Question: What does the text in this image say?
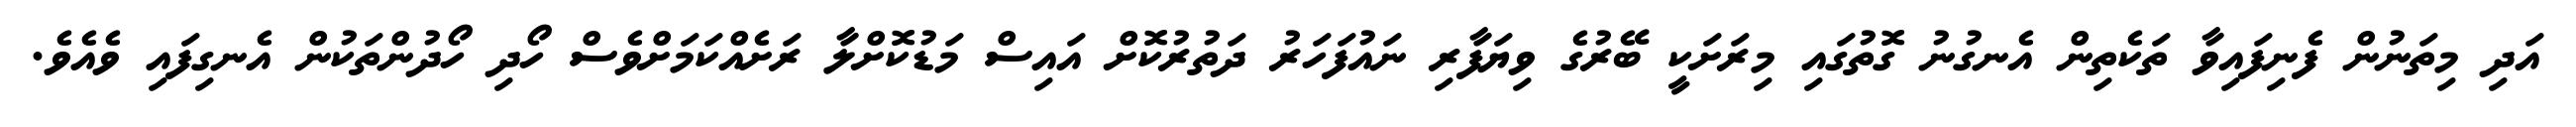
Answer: އަދި މިތަނުން ފެނިފައިވާ ތަކެތިން އެނގުނު ގޮތުގައި މިރަށަކީ ބޭރުގެ ވިޔަފާރި ނައުފަހަރު ދަތުރުކޮށް އައިސް މަޑުކޮށްލާ ރަށެއްކަމަށްވެސް ހޯދި ހޯދުންތަކުން އެނގިފައި ވެއެވެ.